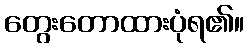
တွေးတောထားပုံရ၏။